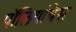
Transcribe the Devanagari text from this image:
पॉलियांथेस